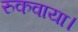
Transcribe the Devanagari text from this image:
रुकवाया।